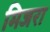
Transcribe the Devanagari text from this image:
मिजरा